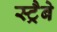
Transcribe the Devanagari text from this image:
स्ट्रैबे